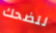
للضحك